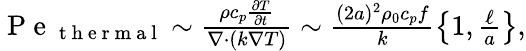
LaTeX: \begin{array}{r}{\mathrm{~P~e~}_{\mathrm{~t~h~e~r~m~a~l~}}\sim\frac{\rho c_{p}\frac{\partial T}{\partial t}}{\nabla\cdot(k\nabla T)}\sim\frac{(2a)^{2}\rho_{0}c_{p}f}{k}\left\{ 1,\frac{\ell}{a}\right\} ,}\end{array}